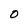
Character: O